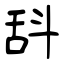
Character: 𣁳